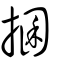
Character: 𢮖